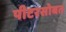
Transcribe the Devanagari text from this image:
पीटरसोबत